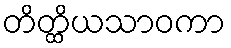
တိတ္ထိယသာဝကာ